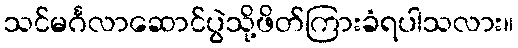
သင်မင်္ဂလာဆောင်ပွဲသို့ဖိတ်ကြားခံရပါသလား။